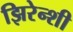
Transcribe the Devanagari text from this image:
झिरेन्शी